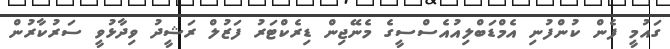
ގައުމީ ފެން ކުންފުނި އެމްޑަބްލިއުއެސްސީގެ މެނޭޖިން ޑިރެކްޓަރު ފަޒުލް ރަޝީދު ވިދާޅުވީ ސަރުކާރުން